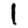
Digit: 1